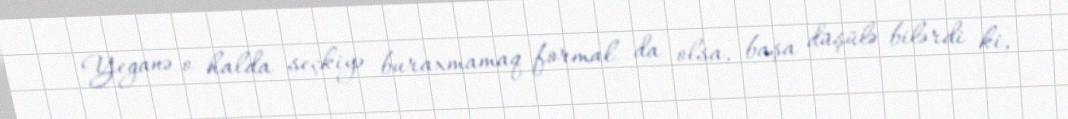
- Yeganə o halda seçkiyə buraxmamaq formal da olsa, başa düşülə bilərdi ki,